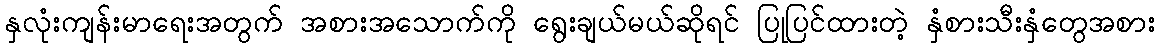
နှလုံးကျန်းမာရေးအတွက် အစားအသောက်ကို ရွေးချယ်မယ်ဆိုရင် ပြုပြင်ထားတဲ့ နှံစားသီးနှံတွေအစား